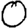
Digit: 0